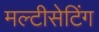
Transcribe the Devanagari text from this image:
मल्टीसेटिंग